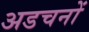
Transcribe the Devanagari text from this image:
अडचनों